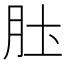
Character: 𫆖